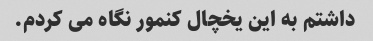
داشتم به این یخچال کنمور نگاه می کردم.